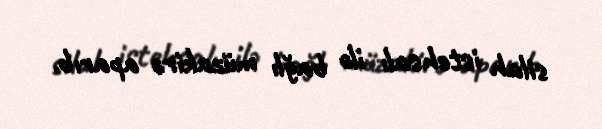
silah istehsalı ilə bağlı müzakirə aparıb.